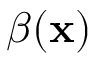
\beta ( \mathbf { x } )